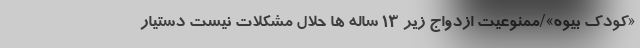
«کودک بیوه»/ممنوعیت ازدواج زیر ۱۳ ساله ها حلال مشکلات نیست دستیار